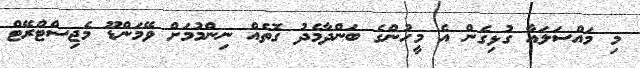
މި މައްސަލައާ ގުޅިގެން އެ މީހުންގެ ބަންދާމެދު ގޮތެއް ނިންމުމަށް ވޭމަންޑޫ މެޖިސްޓްރޭޓް